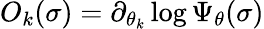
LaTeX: O_{k}(\sigma)=\partial_{\theta_{k}}\log\Psi_{\theta}(\sigma)